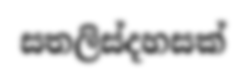
සතලිස්දහසක්